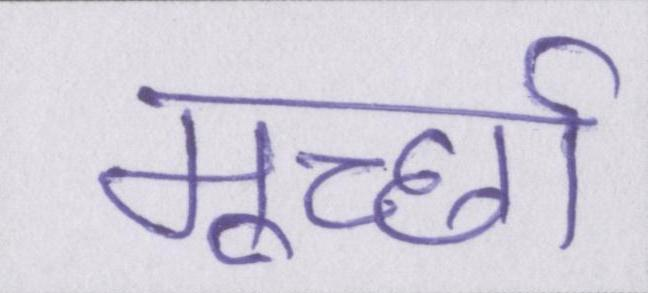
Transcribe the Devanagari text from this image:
मूर्च्छा